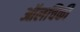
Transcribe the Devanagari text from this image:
ऑलचिकी